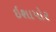
ઇશાપોર